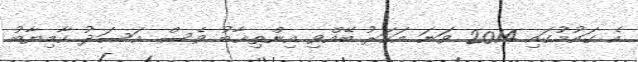
އެ ގައުމުގައި 2014 ވަަނަ އަހަރު ބޭއްވި އިންތިޚާބު ވެސް އަސަދު ކާމިޔާބު